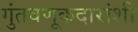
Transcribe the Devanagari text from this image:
गुंतवणूकदारांशी